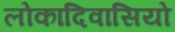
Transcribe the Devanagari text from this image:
लोकादिवासियो